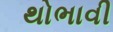
થોભાવી